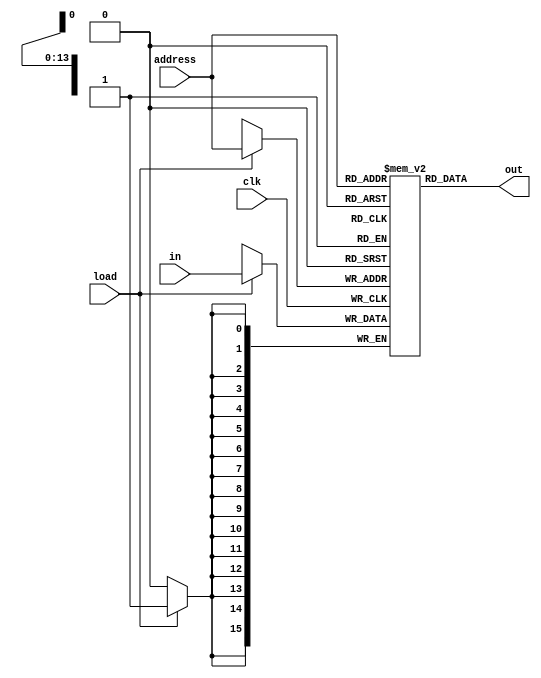
module ram16k_optimized (
  input [15:0] in,
  input [13:0] address,
  input load,
  input clk,
  output [15:0] out
);
  reg[15:0] memory[0:16383];

  assign out = memory[address];

  always @(posedge clk) begin
    if (load) memory[address] <= in;
  end
endmodule